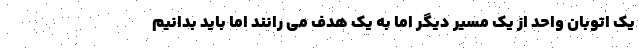
یک اتوبان واحد از یک مسیر دیگر اما به یک هدف می رانند اما باید بدانیم